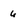
Character: 6